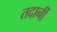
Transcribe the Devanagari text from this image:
तदानीं